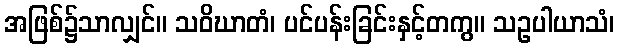
အဖြစ်၌သာလျှင်။ သဝိဃာတံ၊ ပင်ပန်းခြင်းနှင့်တကွ။ သဥပါယာသံ၊